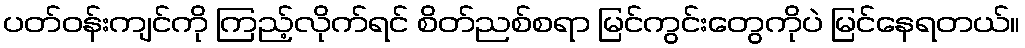
ပတ်ဝန်းကျင်ကို ကြည့်လိုက်ရင် စိတ်ညစ်စရာ မြင်ကွင်းတွေကိုပဲ မြင်နေရတယ်။